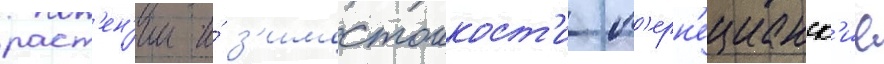
раст'ен'ии и́ з'имостоикост'и п'ерн'ецианск'ие